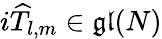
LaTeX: i\widehat{T}_{l,m}\in\mathfrak{gl}(N)